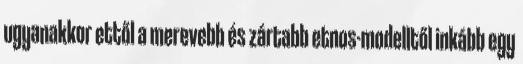
ugyanakkor ettől a merevebb és zártabb etnos-modelltől inkább egy